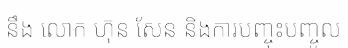
នឹង លោក ហ៊ុន សែន និងការបញ្ចុះបញ្ចូល